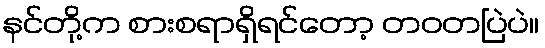
နင်တို့က စားစရာရှိရင်တော့ တဝတပြဲပဲ။